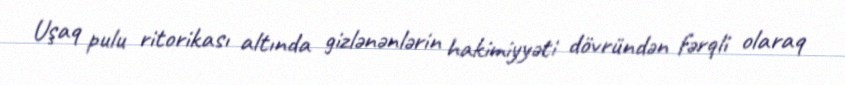
Uşaq pulu ritorikası altında gizlənənlərin hakimiyyəti dövründən fərqli olaraq